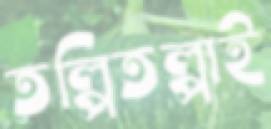
তল্পিতল্পাই